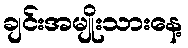
ချင်းအမျိုးသားနေ့